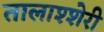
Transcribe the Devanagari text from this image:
तालाश्शेरी